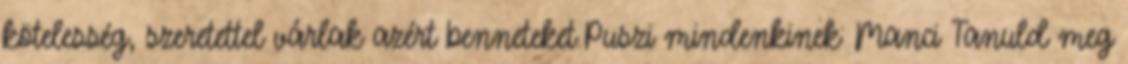
kötelesség, szeretettel várlak azért benneteket.Puszi mindenkinek: Manci Tanuld meg